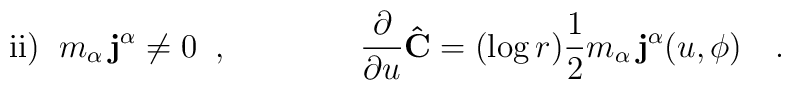
{\rm ii})\;\; m_{\alpha}\,{\bf j^{\alpha}}\ne 0\;\; ,\qquad\qquad\frac{\partial}{\partial u}{\bf{\hat C}}=(\log r)\frac{1}{2}m_{\alpha}\,{\bf j^{\alpha}}(u,\phi)\quad .\qquad\qquad\qquad\qquad